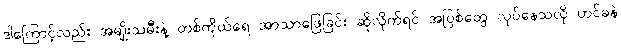
ဒါကြောင့်လည်း အမျိုးသမီးနဲ့ တစ်ကိုယ်ရေ အာသာဖြေခြင်း ဆိုလိုက်ရင် အပြစ်တွေ လုပ်နေသလို ဟင်ခနဲ